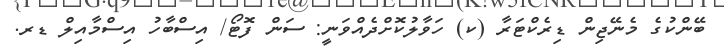
ބޭންކުގެ މެނޭޖިން ޑިރެކްޓަރާ (ކ) ހަވާލުކޮށްދެއްވަނީ: ސަން ފޮޓޯ/ އިސްބާހު އިސްމާއިލް ޑރ.